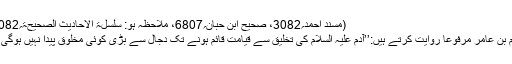
(مسند احمد؍3082، صحیح ابن حبان؍6807، ملاحظہ ہو: سلسلۃ الاحادیث الصحیحۃ؍3082)
ہشام بن عامر مرفوعا روایت کرتے ہیں:’’آدم علیہ السلام کی تخلیق سے قیامت قائم ہونے تک دجال سے بڑی کوئی مخلوق پیدا نہیں ہوگی ‘‘ ۔